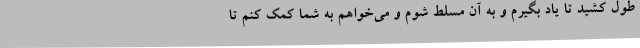
طول کشید تا یاد بگیرم و به آن مسلط شوم و می‌خواهم به شما کمک کنم تا